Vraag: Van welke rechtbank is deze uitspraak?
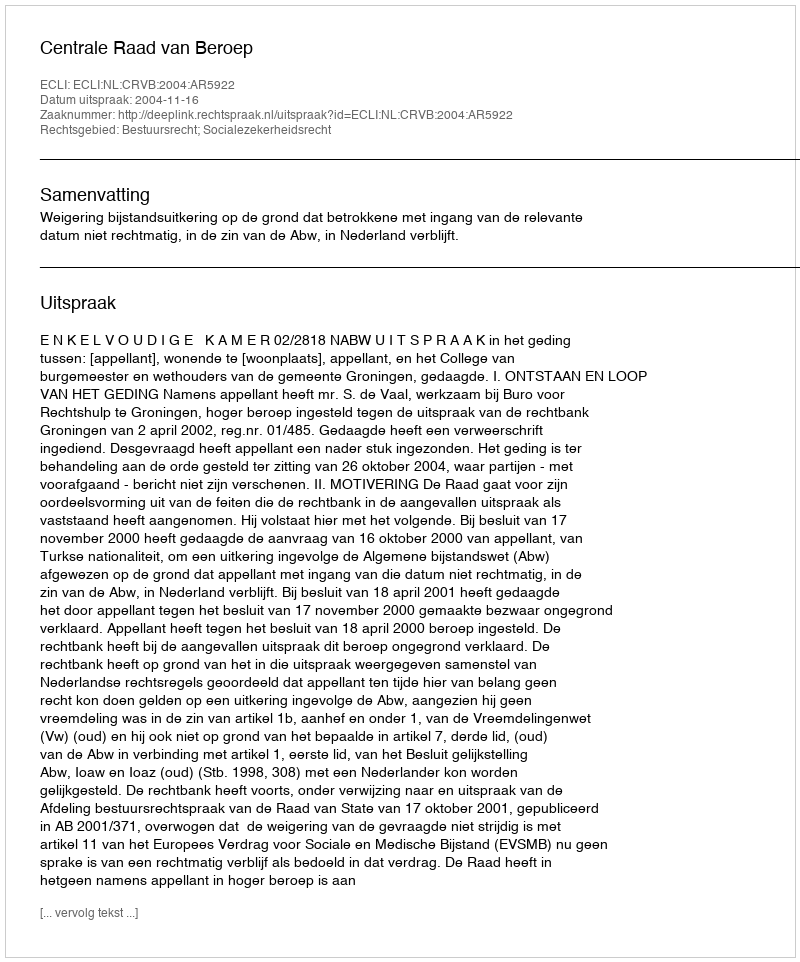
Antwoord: Centrale Raad van Beroep